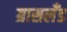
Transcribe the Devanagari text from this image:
ग्रासलँड